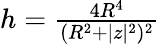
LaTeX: \begin{array}{r}{h=\frac{4R^{4}}{(R^{2}+|z|^{2})^{2}}}\end{array}